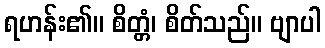
ရဟန်း၏။ စိတ္တံ၊ စိတ်သည်။ ဗျာပါ